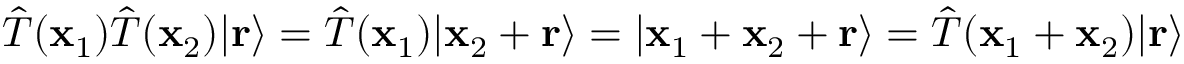
{ \hat { T } } ( \mathbf { x } _ { 1 } ) { \hat { T } } ( \mathbf { x } _ { 2 } ) | \mathbf { r } \rangle = { \hat { T } } ( \mathbf { x } _ { 1 } ) | \mathbf { x } _ { 2 } + \mathbf { r } \rangle = | \mathbf { x } _ { 1 } + \mathbf { x } _ { 2 } + \mathbf { r } \rangle = { \hat { T } } ( \mathbf { x } _ { 1 } + \mathbf { x } _ { 2 } ) | \mathbf { r } \rangle